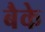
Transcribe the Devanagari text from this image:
बैके